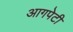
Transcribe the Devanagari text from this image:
आगपेटी